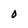
Character: O